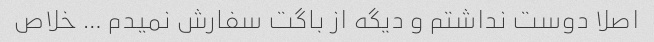
اصلا دوست نداشتم و دیگه از باگت سفارش نمیدم … خلاص